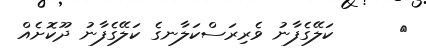
٣      ކަލޭގެފާނު ވެރިރަސްކަލާނގެ ކަލޭގެފާނު ދޫކޮށެއް